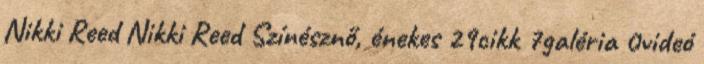
Nikki Reed Nikki Reed Színésznő, énekes 29cikk 7galéria 0videó